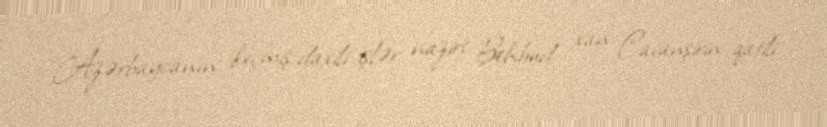
Azərbaycanın keçmiş daxili işlər naziri Behbud xan Cavanşirin qatili.